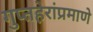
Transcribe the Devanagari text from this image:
गुप्तहेरांप्रमाणे